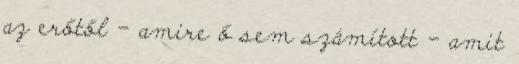
az erőtől – amire ő sem számított – amit